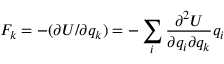
F _ { k } = - ( \partial U / \partial q _ { k } ) = - \sum _ { i } \frac { \partial ^ { 2 } U } { \partial q _ { i } \partial q _ { k } } q _ { i }